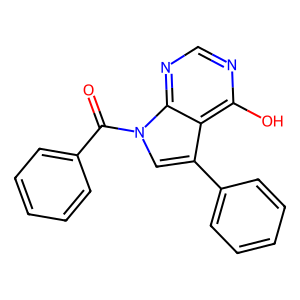
SMILES: O=C(c1ccccc1)n1cc(-c2ccccc2)c2c(O)ncnc21
Inhibits HIV replication: No